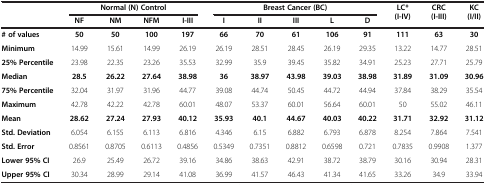
<table><thead><tr><td><b> </b></td><td colspan="4"><b>Normal (N) Control</b></td><td colspan="5"><b>Breast Cancer (BC)</b></td><td rowspan="2"><b>LC* (I-IV)</b></td><td rowspan="2"><b>CRC (I-III)</b></td><td rowspan="2"><b>KC (I/II)</b></td></tr><tr><td><b> </b></td><td><b>NF</b></td><td><b>NM</b></td><td><b>NFM</b></td><td><b>I-III</b></td><td><b>I</b></td><td><b>II</b></td><td><b>III</b></td><td><b>L</b></td><td><b>D</b></td></tr></thead><tbody><tr><td><b># of values</b></td><td><b>50</b></td><td><b>50</b></td><td><b>100</b></td><td><b>197</b></td><td><b>66</b></td><td><b>70</b></td><td><b>61</b></td><td><b>106</b></td><td><b>91</b></td><td><b>111</b></td><td><b>63</b></td><td><b>30</b></td></tr><tr><td><b>Minimum</b></td><td>14.99</td><td>15.61</td><td>14.99</td><td>26.19</td><td>26.19</td><td>28.51</td><td>28.45</td><td>26.19</td><td>29.35</td><td>13.22</td><td>14.77</td><td>28.51</td></tr><tr><td><b>25% Percentile</b></td><td>23.98</td><td>22.35</td><td>23.26</td><td>35.53</td><td>32.99</td><td>35.9</td><td>39.45</td><td>35.82</td><td>34.91</td><td>25.23</td><td>27.71</td><td>25.79</td></tr><tr><td><b>Median</b></td><td><b>28.5</b></td><td><b>26.22</b></td><td><b>27.64</b></td><td><b>38.98</b></td><td><b>36</b></td><td><b>38.97</b></td><td><b>43.98</b></td><td><b>39.03</b></td><td><b>38.98</b></td><td><b>31.89</b></td><td><b>31.09</b></td><td><b>30.96</b></td></tr><tr><td><b>75% Percentile</b></td><td>32.04</td><td>31.97</td><td>31.96</td><td>44.77</td><td>39.08</td><td>44.74</td><td>50.45</td><td>44.72</td><td>44.94</td><td>37.84</td><td>38.29</td><td>35.54</td></tr><tr><td><b>Maximum</b></td><td>42.78</td><td>42.22</td><td>42.78</td><td>60.01</td><td>48.07</td><td>53.37</td><td>60.01</td><td>56.64</td><td>60.01</td><td>50</td><td>55.02</td><td>46.11</td></tr><tr><td><b>Mean</b></td><td><b>28.62</b></td><td><b>27.24</b></td><td><b>27.93</b></td><td><b>40.12</b></td><td><b>35.93</b></td><td><b>40.1</b></td><td><b>44.67</b></td><td><b>40.03</b></td><td><b>40.22</b></td><td><b>31.71</b></td><td><b>32.92</b></td><td><b>31.12</b></td></tr><tr><td><b>Std. Deviation</b></td><td>6.054</td><td>6.155</td><td>6.113</td><td>6.816</td><td>4.346</td><td>6.15</td><td>6.882</td><td>6.793</td><td>6.878</td><td>8.254</td><td>7.864</td><td>7.541</td></tr><tr><td><b>Std. Error</b></td><td>0.8561</td><td>0.8705</td><td>0.6113</td><td>0.4856</td><td>0.5349</td><td>0.7351</td><td>0.8812</td><td>0.6598</td><td>0.721</td><td>0.7835</td><td>0.9908</td><td>1.377</td></tr><tr><td><b>Lower 95% CI</b></td><td>26.9</td><td>25.49</td><td>26.72</td><td>39.16</td><td>34.86</td><td>38.63</td><td>42.91</td><td>38.72</td><td>38.79</td><td>30.16</td><td>30.94</td><td>28.31</td></tr><tr><td><b>Upper 95% CI</b></td><td>30.34</td><td>28.99</td><td>29.14</td><td>41.08</td><td>36.99</td><td>41.57</td><td>46.43</td><td>41.34</td><td>41.65</td><td>33.26</td><td>34.9</td><td>33.94</td></tr></tbody></table>